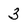
Character: 3